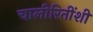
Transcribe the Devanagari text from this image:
चालीरितींशी